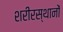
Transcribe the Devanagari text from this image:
शरीरस्थानों